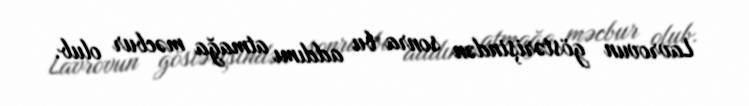
Lavrovun göstərişindən sonra bu addımı atmağa məcbur olub.